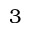
3